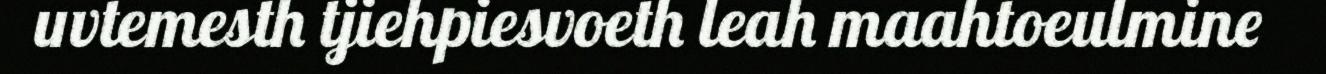
uvtemesth tjiehpiesvoeth leah maahtoeulmine